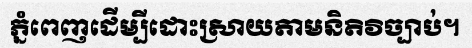
ភ្នំពេញដើម្បីដោះស្រាយតាមនិតិវិច្បាប់។